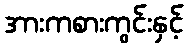
အားကစားကွင်းနှင့်